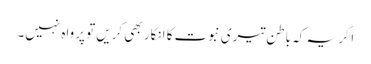
اگر یہ کہ باطن تیری نبوت کا انکار بھی کریں تو پرواہ نہیں۔